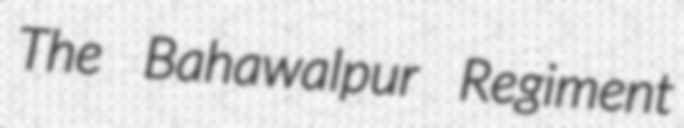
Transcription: The Bahawalpur Regiment